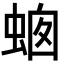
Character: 𧋙